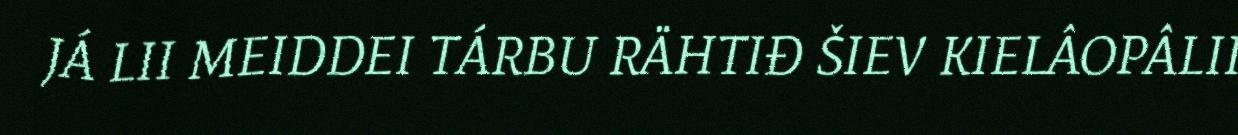
JÁ LII MEIDDEI TÁRBU RÄHTIĐ ŠIEV KIELÂOPÂLII